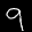
Label: 9